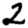
Digit: 2